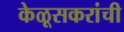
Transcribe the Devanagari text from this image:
केळूसकरांची